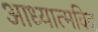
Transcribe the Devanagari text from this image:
आध्यात्मविद